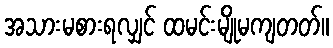
အသားမစားရလျှင် ထမင်းမျိုမကျတတ်။